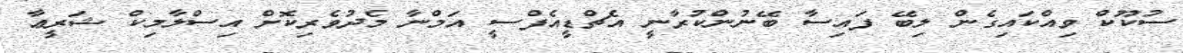
ސުކޫކް ވިއްކައިގެން ލިބޭ ފައިސާ ބޭނުންކުރާނީ އެޗްޑީއެފްސީ އަމްނާ މެދުވެރިކޮށް އިސްލާމިކް ޝަރީޢާ